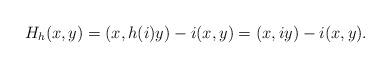
LaTeX: \begin{align*}H_h(x,y) = (x,h(i)y) - i(x,y) = (x,iy) - i (x,y).\end{align*}